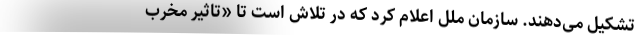
تشکیل می‌دهند. سازمان ملل اعلام کرد که در تلاش است تا «تاثیر مخرب